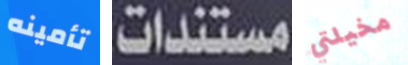
تأمينه مستندات مخيلتي